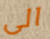
الى